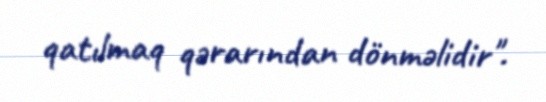
qatılmaq qərarından dönməlidir".